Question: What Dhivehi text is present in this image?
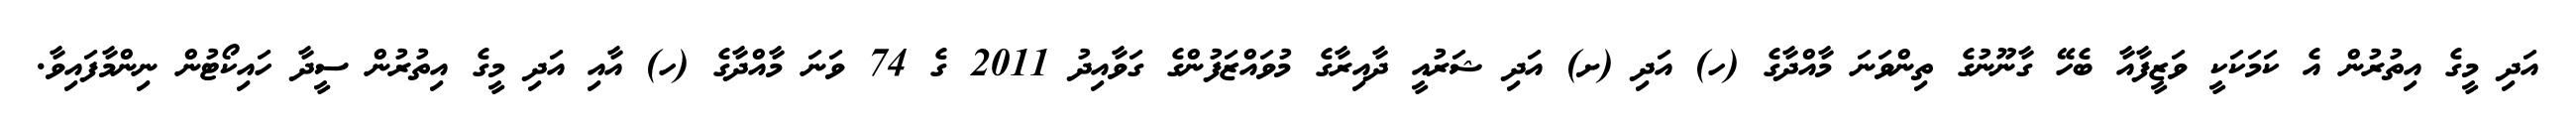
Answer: އަދި މީގެ އިތުރުން އެ ކަމަކަކީ ވަޒީފާއާ ބެހޭ ގާނޫނުގެ ތިންވަނަ މާއްދާގެ (ހ) އަދި (ށ) އަދި ޝަރުއީ ދާއިރާގެ މުވައްޒަފުންގެ ގަވާއިދު 2011 ގެ 74 ވަނަ މާއްދާގެ (ހ) އާއި އަދި މީގެ އިތުރުން ސީދާ ހައިކޯޓުން ނިންމާފައިވާ.